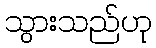
သွားသည်ဟု